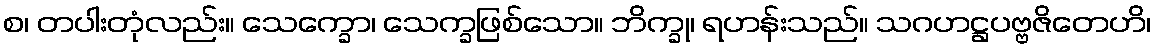
စ၊ တပါးတုံလည်း။ သေက္ခော၊ သေက္ခဖြစ်သော။ ဘိက္ခု၊ ရဟန်းသည်။ သဂဟဋ္ဌပဗ္ဗဇိတေဟိ၊